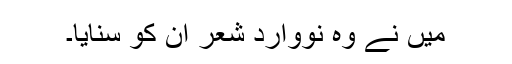
میں نے وُہ نووارد شعر اُن کو سنایا۔